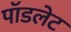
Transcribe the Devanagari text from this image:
पॉडलेट